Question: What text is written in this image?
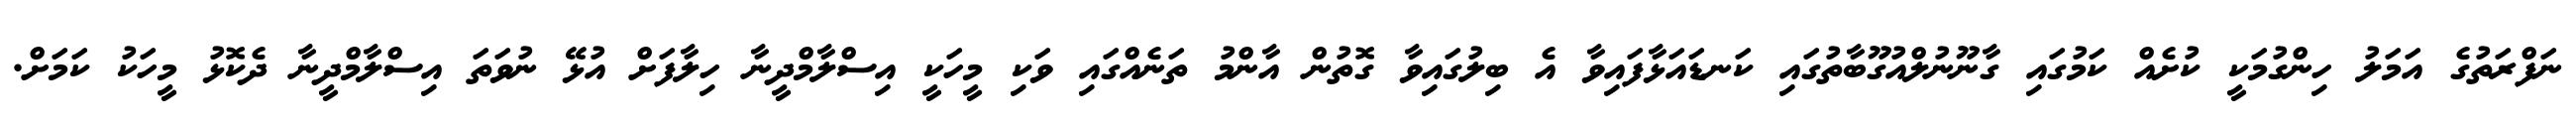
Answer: ނަފްރަތުގެ އަމަލު ހިންގުމަކީ ކުށެއް ކަމުގައި ގާނޫނުލްއުގޫބާތުގައި ކަނޑައަޅާފައިވާ އެ ބިލުގައިވާ ގޮތުން އާންމު ތަނެއްގައި ވަކި މީހަކީ އިސްލާމްދީނާ ހިލާފަށް އުޅޭ ނުވަތަ އިސްލާމްދީނާ ދެކޮޅު މީހަކު ކަމަށް.